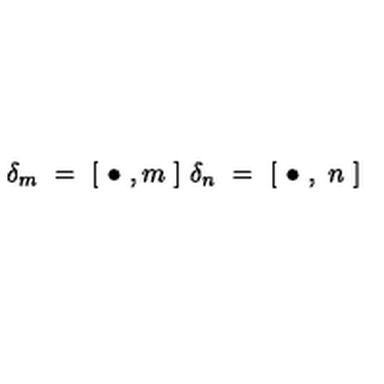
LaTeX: \delta _ { m } \ = \ [ \ \bullet \ , m \ ] \ \delta _ { n } \ = \ [ \ \bullet \ , \ n \ ]